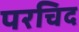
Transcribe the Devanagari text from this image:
परचिद